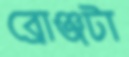
ব্রোঞ্জটা